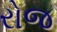
રોજ